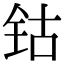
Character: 钴